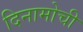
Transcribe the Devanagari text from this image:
दिनामोची